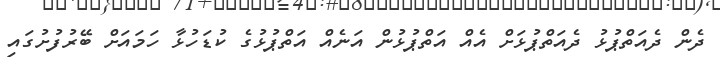
ދެން ދެއަތްޕުޅު ދެއަތްޕުޅަށް އެއް އަތްޕުޅުން އަނެއް އަތްޕުޅުގެ ކުޑަހުޅާ ހަމައަށް ބޭރުފުށުގައި